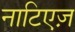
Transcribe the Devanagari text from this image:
नाटिएज़